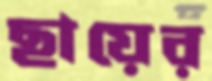
ছায়ের